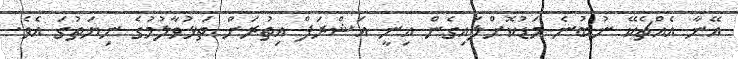
އޭނާ އެއްޗެކޭ ނުބުނެ މަޑުކޮށްލައިގެން އިނީ އަޝްރަފް އިތުރަށް ތަޅުވާލުމުގެ ނިޔަތުގަ އެވެ.